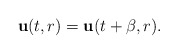
\begin{align*}{\bf u}(t,r)={\bf u}(t+\beta,r).\end{align*}